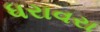
ધરાવરા